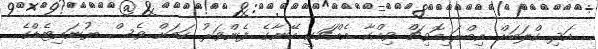
އަދި ކްލަބަށް އިބްރަހިމޮވިޗް ވިއްކާ އެއްޗަކީ އޭނާގެ ފެންވަރު ކަމަށް ވެސް ޔުނައިޓެޑްގެ